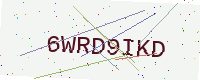
Text: 6WRD9IKD